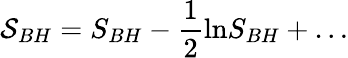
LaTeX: {\cal S}_{BH}=S_{BH}-\frac{1}{2}\mathrm{ln}S_{BH}+\ldots